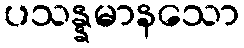
ပသန္နမာနသော